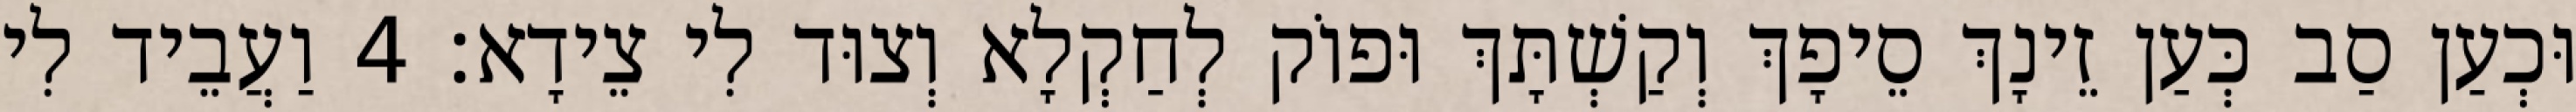
וּכְעַן סַב כְּעַן זֵינָךְ סֵיפָךְ וְקַשְׁתָּךְ וּפוֹק לְחַקְלָא וְצוּד לִי צֵידָא׃ 4 וַעֲבֵיד לִי